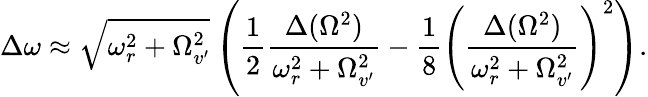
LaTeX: \Delta\omega\approx\sqrt{\omega_{r}^{2}+\Omega_{v^{\prime}}^{2}}\left(\frac{1}{2}\frac{\Delta(\Omega^{2})}{\omega_{r}^{2}+\Omega_{v^{\prime}}^{2}}-\frac{1}{8}\left(\frac{\Delta(\Omega^{2})}{\omega_{r}^{2}+\Omega_{v^{\prime}}^{2}}\right)^{2}\right).